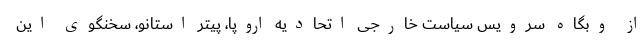
از وبگاه سرویس سیاست خارجی اتحادیه اروپا، پیتر استانو، سخنگوی این